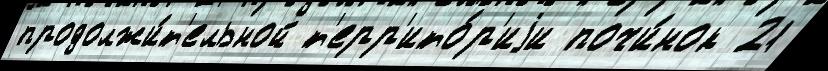
продолжи́т'ельной т'ерр'ито́р'иjи почи́нок 21